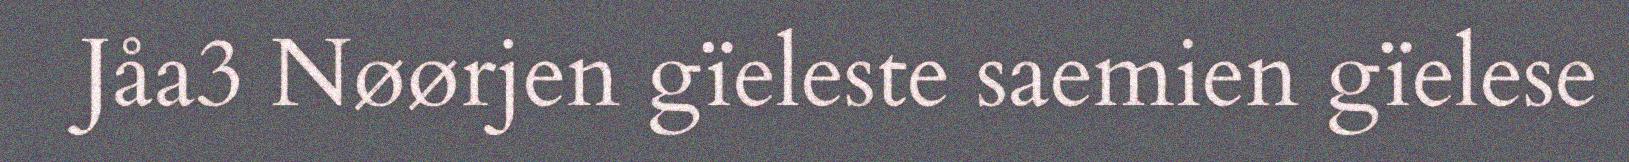
Jåa3 Nøørjen gïeleste saemien gïelese